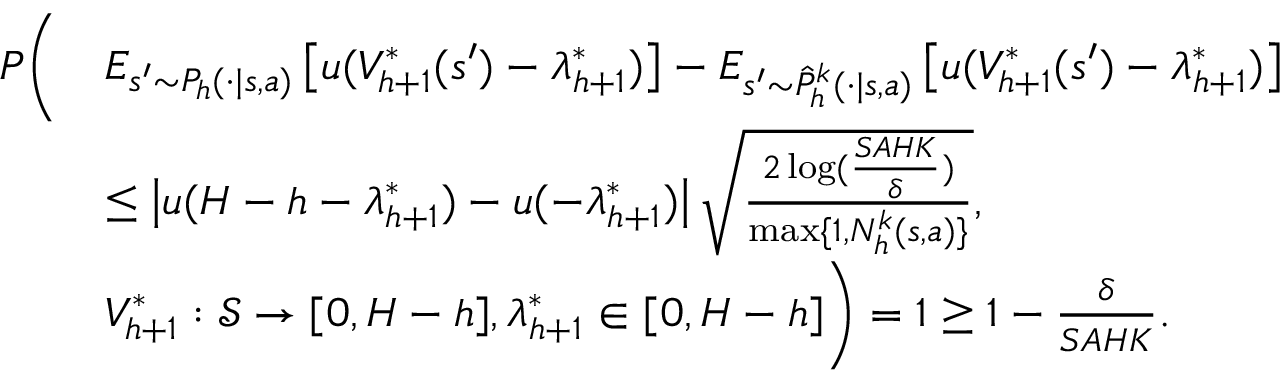
\begin{array} { r l } { P \Bigg ( } & { E _ { s ^ { \prime } \sim P _ { h } ( \cdot \vert s , a ) } \left[ u ( V _ { h + 1 } ^ { * } ( s ^ { \prime } ) - \lambda _ { h + 1 } ^ { * } ) \right] - E _ { s ^ { \prime } \sim \hat { P } _ { h } ^ { k } ( \cdot \vert s , a ) } \left[ u ( V _ { h + 1 } ^ { * } ( s ^ { \prime } ) - \lambda _ { h + 1 } ^ { * } ) \right] } \\ & { \leq \left\vert u ( H - h - \lambda _ { h + 1 } ^ { * } ) - u ( - \lambda _ { h + 1 } ^ { * } ) \right\vert \sqrt { \frac { 2 \log ( \frac { S A H K } { \delta } ) } { \operatorname* { m a x } \{ 1 , N _ { h } ^ { k } ( s , a ) \} } } , } \\ & { V _ { h + 1 } ^ { * } : \mathcal { S } \to [ 0 , H - h ] , \lambda _ { h + 1 } ^ { * } \in [ 0 , H - h ] \Bigg ) = 1 \geq 1 - \frac { \delta } { S A H K } . } \end{array}